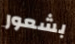
بشعور